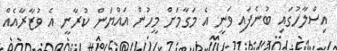
އިސްލާހުގައި ބުނެފައި ވަނީ އެ މަގާމަށް މީހުން އައްޔަން ކުރާނީ އެ ވުޒާރާއެއް